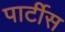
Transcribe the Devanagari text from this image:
पार्टीस